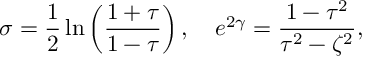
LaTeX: \sigma = \frac { 1 } { 2 } \ln \left( \frac { 1 + \tau } { 1 - \tau } \right) , \quad e ^ { 2 \gamma } = \frac { 1 - \tau ^ { 2 } } { \tau ^ { 2 } - \zeta ^ { 2 } } ,